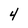
Character: 4